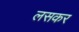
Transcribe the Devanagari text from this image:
लसकर